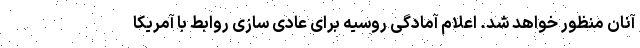
آنان منظور خواهد شد. اعلام آمادگی روسیه برای عادی سازی روابط با آمریکا